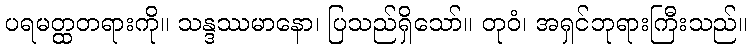
ပရမတ္ထတရားကို။ သန္ဒဿမာနော၊ ပြသည်ရှိသော်။ တုဝံ၊ အရှင်ဘုရားကြီးသည်။